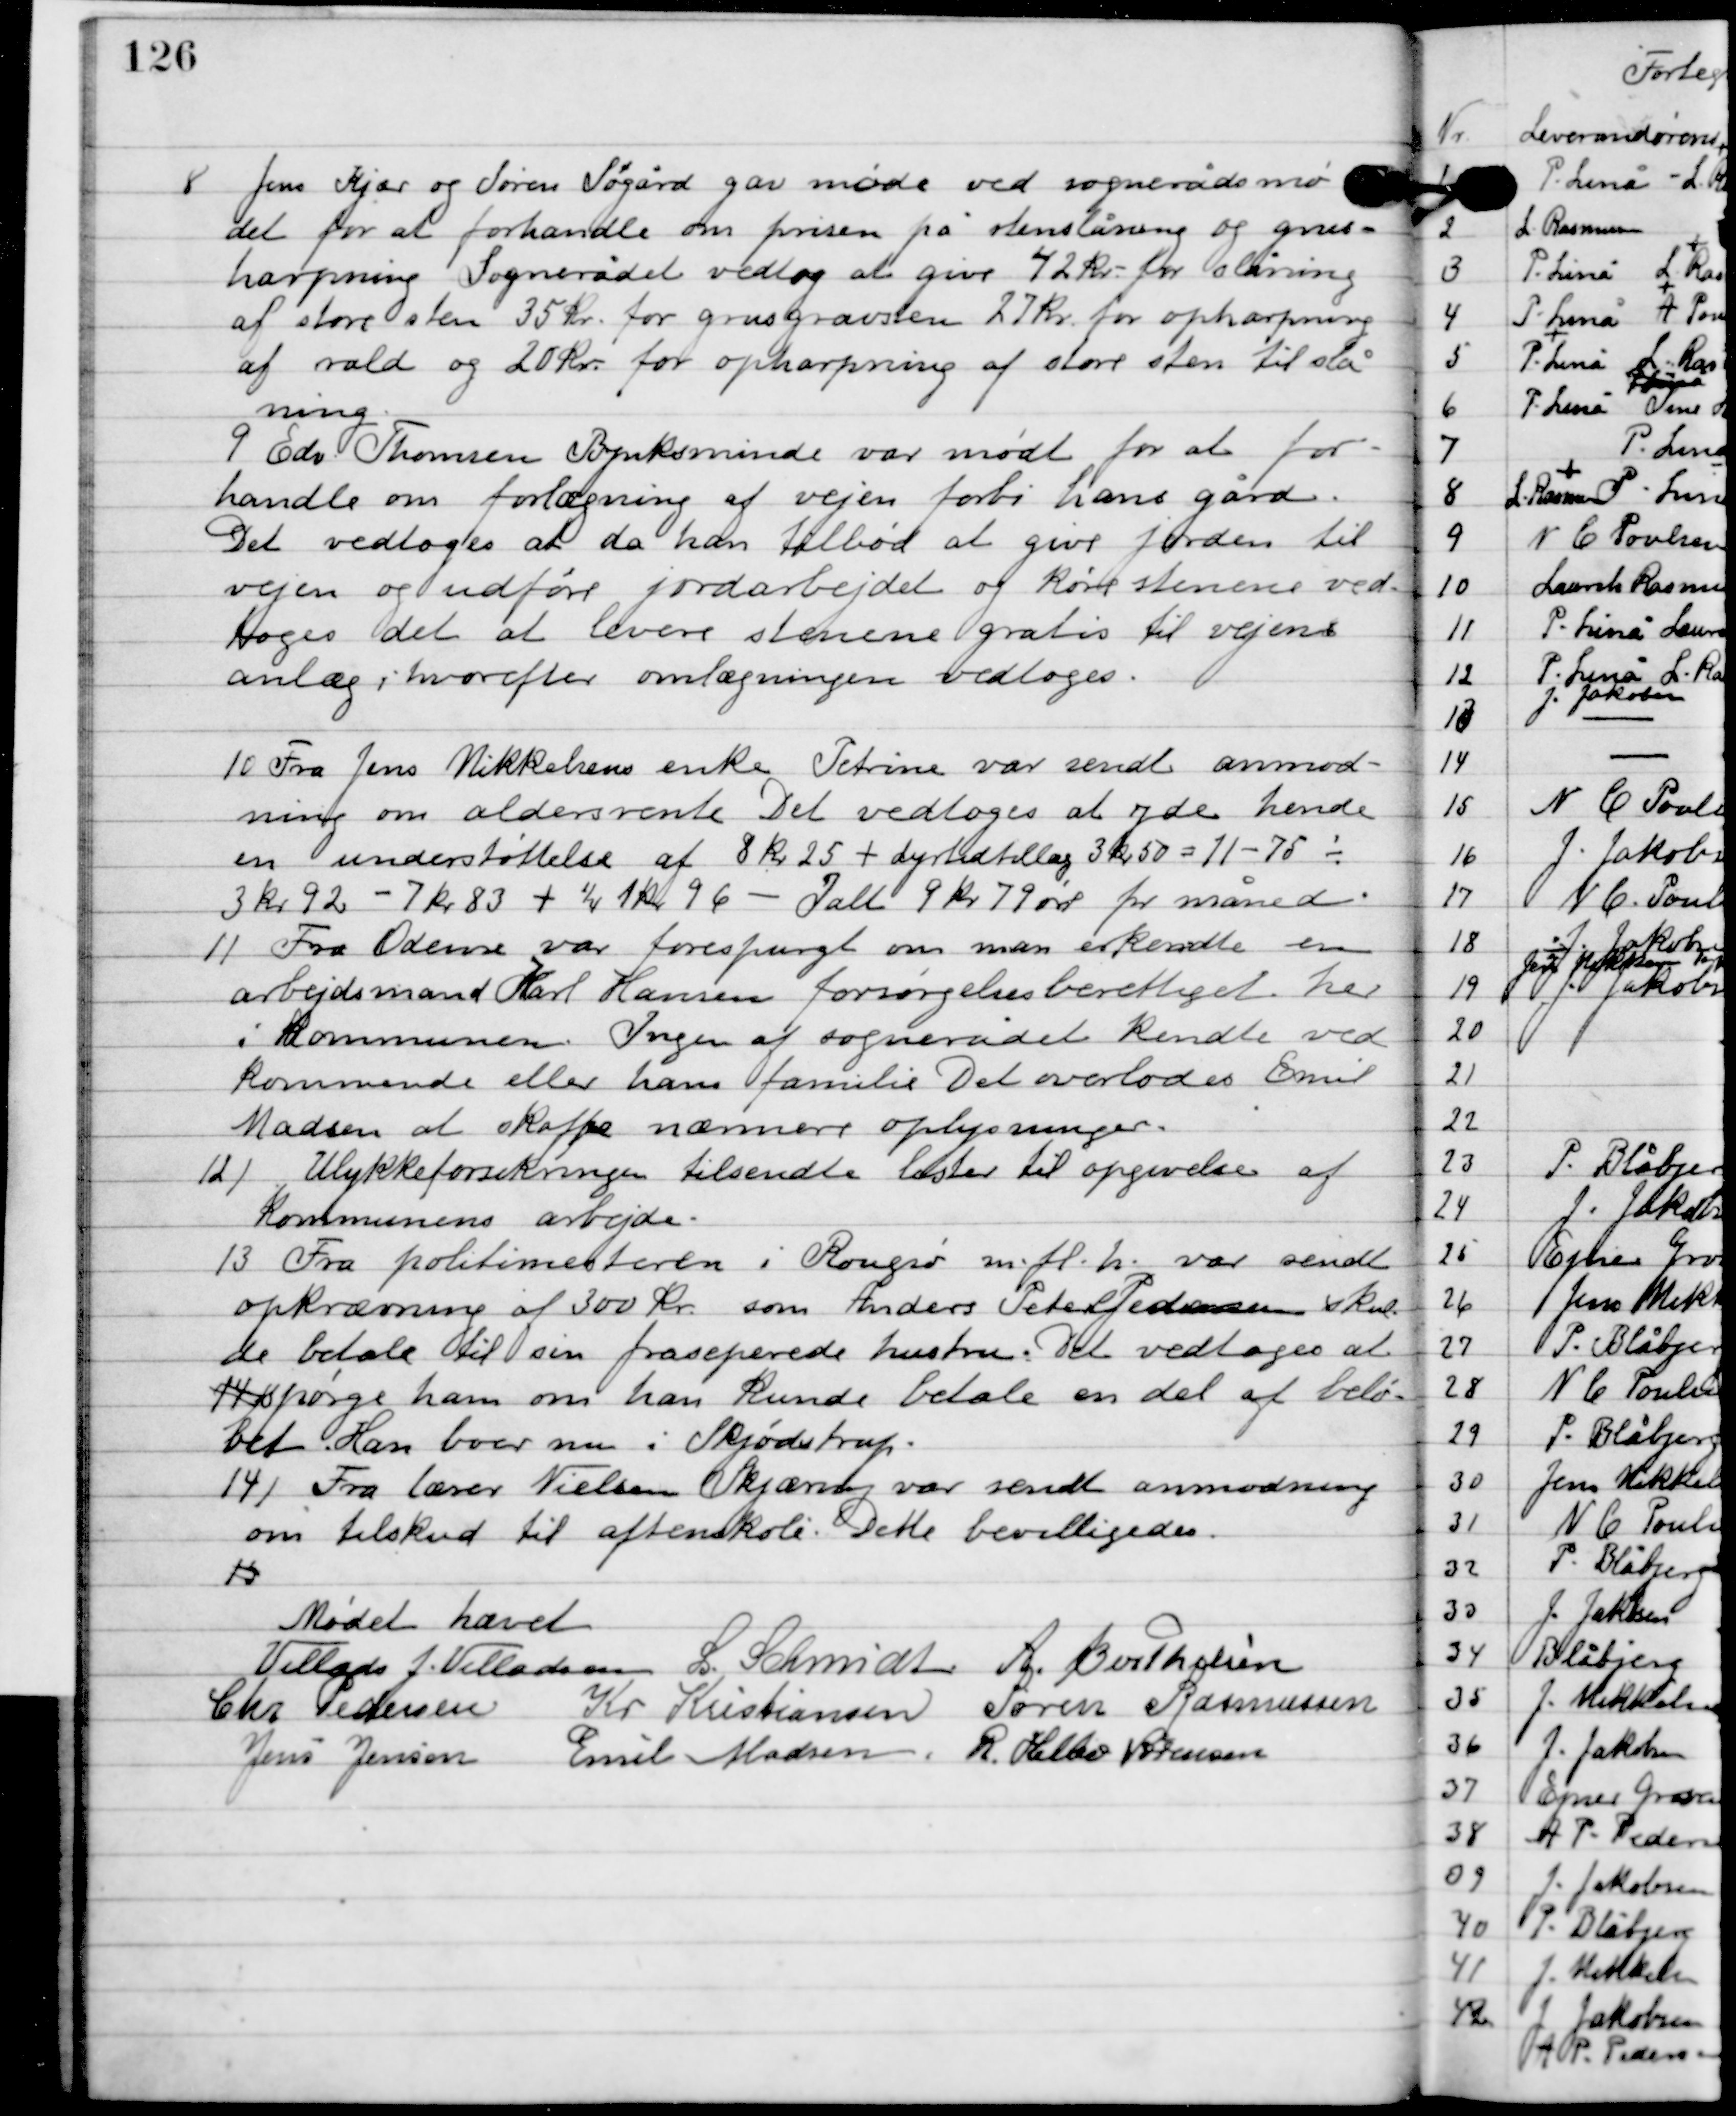
Transskription:
8

Jens Kjær og Søren Søgård gav møde ved sognerådes mø-
det for at forhandle om prisen på stenslåning og grus-
harpning. Sognerådet vedtog at give 42 kr. for slåning
 af store sten 35 kr. for grusgravsten 27 kr. for opharpning
af rald og 20 kr. for opharpning af store sten til slå-
ning.

9

Edv. Thomsen Bynksminde var mødt for at for-
handle om forlægning af vejen forbi hans gård.
Det vedtoges at da hen tilbød at give jorden til
 vejen og udføre jordarbejdet og køre stenene ved-
toges det at levere stenene gratis til vejens
anlæg i hvorefter omlægningen vedtoges.

10

Fra Jens Mikkelsens enke Petrine var sendt anmod-
ning om aldersrente. Det vedtoges at yde hende
 en understøttelses af 8 kr. 25 + dyrtidstillæg 3 kr. 50 = 11 - 75 minus
3 kr. 92 - 7 kr. 83 + ¼  1 kr. 96 - I alt 9 kr. 70 øre for måned.

11

Fra Odense var forespurgt om man erkendte en
arbejdsmand Karl Hansen forsørgelsesberettiget her
i kommunen. Ingen af sognerådet kendte ved-
kommende eller hans familie. Det overlodes Emil
Madsen at skaffe nærmere oplysninger.

12

Ulykkesforsikringen tilsendte laster  til opgivelse af
Kommunens arbejde.

13

Fra politimesteren i Rougsø m. fl. h. var sendt
opkrævning af 300 kr. som Anders Peter Pedersens skul-
de betale til sin fraseparere hustru. Det vedtoges at
spørge ham om han kunde betale en del af belø-
bet. Han boer nu i Skjødstrup.

14

Fra lærer Niels Skjæring var sendt anmodning
om tilskud til aftenskole. Det bevilligedes.

15

Mødet hævet.

Villads J. Villadsen
L. Schmidt
A. Berthelsen
Chr. Pedersen
Kr. Kristiansen
Søren Rasmussen
Jens Jensen
Emil Madsen
R. Helbo Sørensen